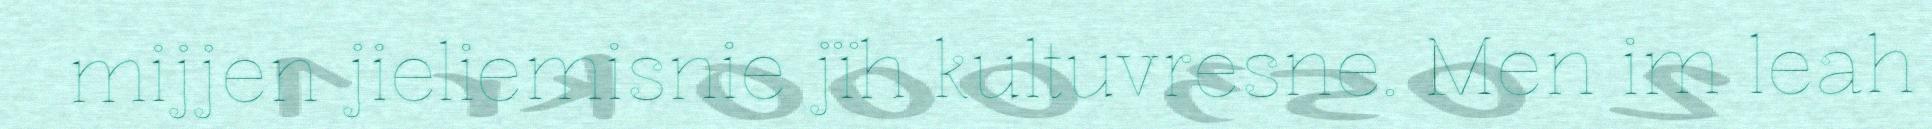
mijjen jieliemisnie jïh kultuvresne. Men im leah